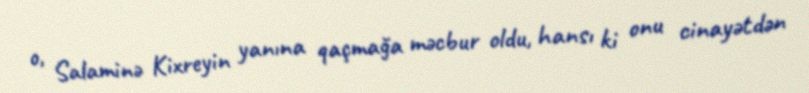
o, Salaminə Kixreyin yanına qaçmağa məcbur oldu, hansı ki onu cinayətdən